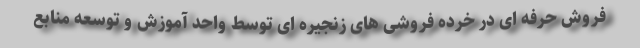
فروش حرفه ای در خرده فروشی های زنجیره ای توسط واحد آموزش و توسعه منابع